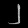
Digit: ၂